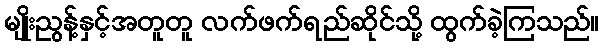
မျိုးညွန့်နှင့်အတူတူ လက်ဖက်ရည်ဆိုင်သို့ ထွက်ခဲ့ကြသည်။